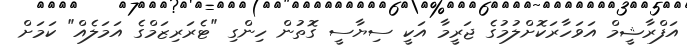
އަފްރާޝީމް އަވަހާރަކޮށްލުމުގެ ޖަރީމާ އަކީ ސިޔާސީ ގޮތުން ހިންގި "ޓެރަރިޒަމްގެ އަމަލެއް" ކަމަށް